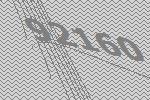
92160